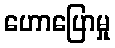
ဟောပြောမှု